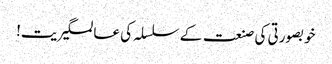
خوبصورتی کی صنعت کے سلسلہ کی عالمگیریت!